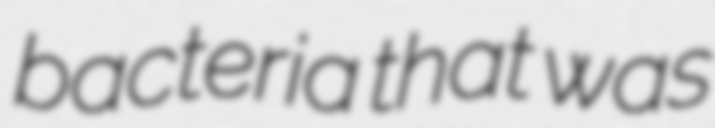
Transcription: bacteria that was